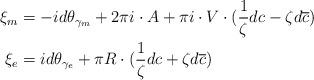
LaTeX: \begin{align*}\xi_m &= -i d \theta_{\gamma_m} + 2\pi i \cdot A + \pi i \cdot V \cdot ( \frac{1}{\zeta} d c - \zeta d \overline{c} ) \\\xi_e &= i d \theta_{\gamma_e} + \pi R \cdot ( \frac{1}{\zeta} d c + \zeta d \overline{c})\end{align*}